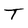
Character: T